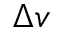
\Delta v